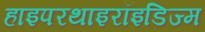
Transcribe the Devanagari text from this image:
हाइपरथाइरॉइडिज्म